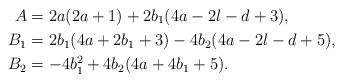
LaTeX: \begin{align*} A&= 2a(2a+1) + 2b_1(4a-2l-d+3), \\ B_1 &= 2b_1(4a+2b_1+3) - 4b_2(4a-2l-d+5), \\ B_2 &= - 4b_1^2 + 4b_2(4a+4b_1+5).\end{align*}